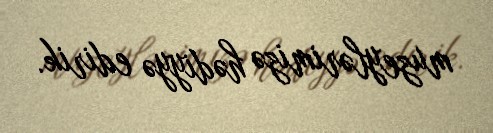
muzeylərimizə hədiyyə edirik.